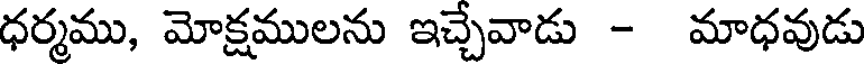
ధర్మము, మోక్షములను ఇచ్చేవాడు - మాధవుడు